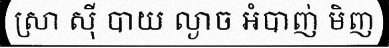
ស្រា ស៊ី បាយ ល្ងាច អំបាញ់ មិញ